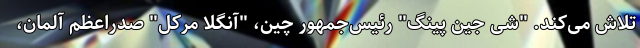
تلاش می‌کند. "شی جین پینگ" رئیس‌جمهور چین، "آنگلا مرکل" صدراعظم آلمان،